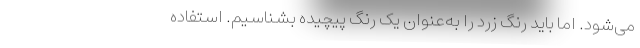
می‌شود. اما باید رنگ زرد را به‌عنوان یک رنگ پیچیده بشناسیم. استفاده